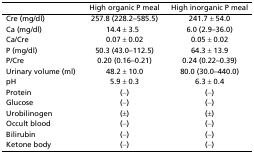
<table><thead><tr><td></td><td><b>High organic P meal</b></td><td><b>High inorganic P meal</b></td></tr></thead><tbody><tr><td>Cre (mg/dl)</td><td>257.8 (228.2–585.5)</td><td>241.7 ± 54.0</td></tr><tr><td>Ca (mg/dl)</td><td>14.4 ± 3.5</td><td>6.0 (2.9–36.0)</td></tr><tr><td>Ca/Cre</td><td>0.07 ± 0.02</td><td>0.05 ± 0.02</td></tr><tr><td>P (mg/dl)</td><td>50.3 (43.0–112.5)</td><td>64.3 ± 13.9</td></tr><tr><td>P/Cre</td><td>0.20 (0.16–0.21)</td><td>0.24 (0.22–0.39)</td></tr><tr><td>Urinary volume (ml)</td><td>48.2 ± 10.0</td><td>80.0 (30.0–440.0)</td></tr><tr><td>pH</td><td>5.9 ± 0.3</td><td>6.3 ± 0.4</td></tr><tr><td>Protein</td><td>(−)</td><td>(−)</td></tr><tr><td>Glucose</td><td>(−)</td><td>(−)</td></tr><tr><td>Urobilinogen</td><td>(±)</td><td>(±)</td></tr><tr><td>Occult blood</td><td>(−)</td><td>(−)</td></tr><tr><td>Bilirubin</td><td>(−)</td><td>(−)</td></tr><tr><td>Ketone body</td><td>(−)</td><td>(−)</td></tr></tbody></table>